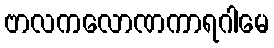
ဗာလကလောဏကာရဂါမေ